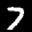
Label: 7